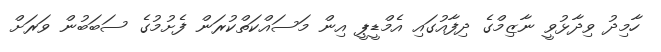
ހާމިދު ވިދާޅުވީ ނާޒިމްގެ ދިފާއުގައި އެމްޑީޕީ އިން މަސައްކަތްކުރަން ފެށުމުގެ ސަބަބުން ވަރަށް